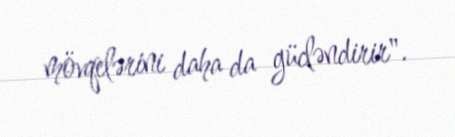
mövqelərini daha da gücləndirir".